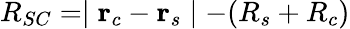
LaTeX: R_{SC}=\mid\textbf{r}_{c}-\textbf{r}_{s}\mid-(R_{s}+R_{c})